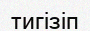
тигізіп